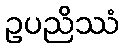
ဥပညိဿံ